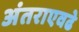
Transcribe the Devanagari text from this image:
अंतराएवढे